Medical and sanitary report on the native army of Bombay for the year
Year: 1879
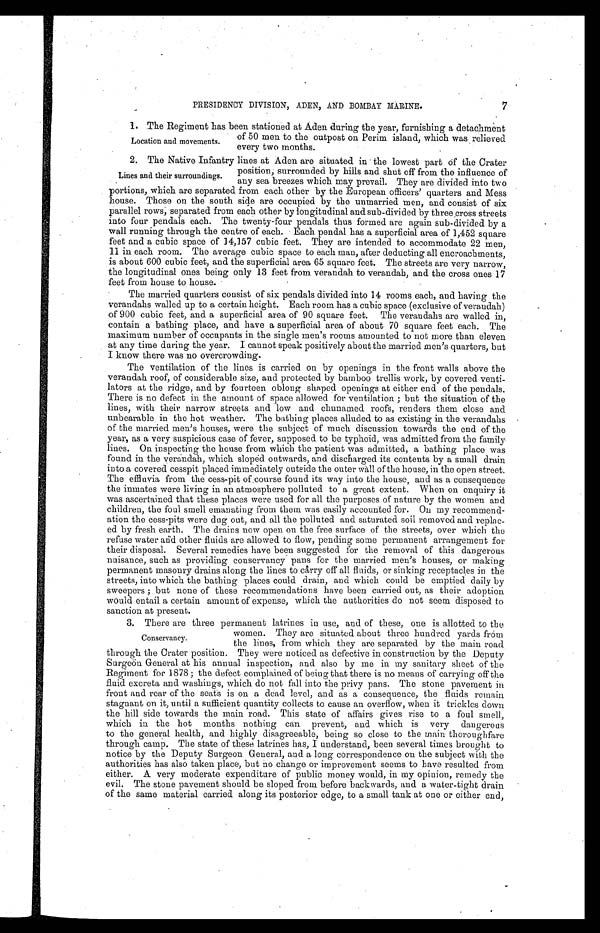
PRESIDENCY DIVISION, ADEN, AND BOMBAY MARINE.
7
1. The Regiment has been stationed at Aden during the year, furnishing a detachment
of 50 men to the outpost on Perim island, which was relieved
every two months.
2. The Native Infantry lines at Aden are situated in the lowest part of the Crater
position, surrounded by hills and shut off from the influence of
any sea breezes which may prevail. They are divided into two
portions, which are separated from each other by the European officers' quarters and Mess
house. Those on the south side are occupied by the unmarried men, and consist of six
parallel rows, separated from each other by longitudinal and sub-divided by three cross streets
into four pendals each. The twenty-four pendals thus formed are again sub-divided by a
wall running through the centre of each. Each pendal has a superficial area of 1,452 square
feet and a cubic space of 14,157 cubic feet. They are intended to accommodate 22 men,
11 in each room. The average cubic space to each man, after deducting all encroachments,
is about 600 cubic feet, and the superficial area 65 square feet. The streets are very narrow,
the longitudinal ones being only 13 feet from verandah to verandah, and the cross ones 17
feet from house to house.
The married quarters consist of six pendals divided into 14 rooms each, and having the
verandahs walled up to a certain height. Each room has a cubic space (exclusive of verandah)
of 900 cubic feet, and a superficial area of 90 square feet. The verandahs are walled in,
contain a bathing place, and have a superficial area of about 70 square feet each. The
maximum number of occupants in the single men's rooms amounted to not more than eleven
at any time during the year. I cannot speak positively about the married men's quarters, but
I know there was no overcrowding.
The ventilation of the lines is carried on by openings in the front walls above the
verandah roof, of considerable size, and protected by bamboo trellis work, by covered venti
-lators at the ridge, and by fourteen oblong shaped openings at either end of the pendals.
There is no defect in the amount of space allowed for ventilation; but the situation of the
lines, with their narrow streets. and low and chunamed roofs, renders them close and
unbearable in the hot weather. The bathing places alluded to as existing in the verandahs
of the married men's houses, were the subject of much discussion towards the end of the
year, as a very suspicious case of fever, supposed to be typhoid, was admitted from the family
lines. On inspecting the house from which the patient was admitted, a bathing place was
found in the verandah, which sloped outwards, and discharged its contents by a small drain
into a covered cesspit placed immediately outside the outer wall of the house, in the open street.
The effluvia from the cess-pit of . course found its way into the house, and as a consequence
the inmates were living in an atmosphere polluted to a great extent. When on enquiry it
was ascertained that these places were used for all the purposes of nature by the women and
children, the foul smell emanating from them was easily accounted for. On my recommend
-ation the cess-pits were dug out, and all the polluted and saturated soil removed and replac
-ed by fresh earth. The drains now open on the free surface of the streets, over which the
refuse water add other fluids are allowed to flow, pending some permanent arrangement for
their disposal. Several remedies have been suggested for the removal of this dangerous
nuisance, such as providing conservancy pans for the married men's houses, or making
permanent masonry drains along the lines to carry off all fluids, or sinking receptacles in the
streets, into which the bathing places could drain, and which could be emptied daily by
sweepers; but none of these recommendations have been carried out, as their adoption
would entail a certain amount of expense, which the authorities do not seem disposed to
sanction at present.
3. There are three permanent latrines in use, and of these, one is allotted to the
women. They are situated about three hundred yards from
the lines, from which they are separated by the main road
through the Crater position. They were noticed as defective in construction by the Deputy
Surgeön General at his annual inspection, and also by me in my sanitary sheet of the
Regiment for 1878; the defect complained of being that there is no means of carrying off the
fluid excreta and washings, which do not fall into the privy pans. The stone pavement in
front and rear of the seats is on a dead level, and as a consequence, the fluids remain
stagnant on it, until a sufficient quantity collects to cause an overflow, when it trickles down
the hill side towards the main road. This state of affairs gives rise to a foul smell,
which in the hot months nothing can prevent, and which is very dangerous
to the general health, and highly disagreeable, being so close to the main thoroughfare
through camp. The state of these latrines has, I understand, been several times brought to
notice by the Deputy Surgeon General, and a long correspondence on the subject with the
authorities has also taken place, but no change or improvement seems to have resulted from
either. A very moderate expenditure of public money would, in my opinion, remedy the
evil. The stone pavement should be sloped from before backwards, and a water-tight drain
of the same material carried along its posterior edge, to a small tank at one or either end,
Location and movements.
Lines and their surroundings.
Conservancy.